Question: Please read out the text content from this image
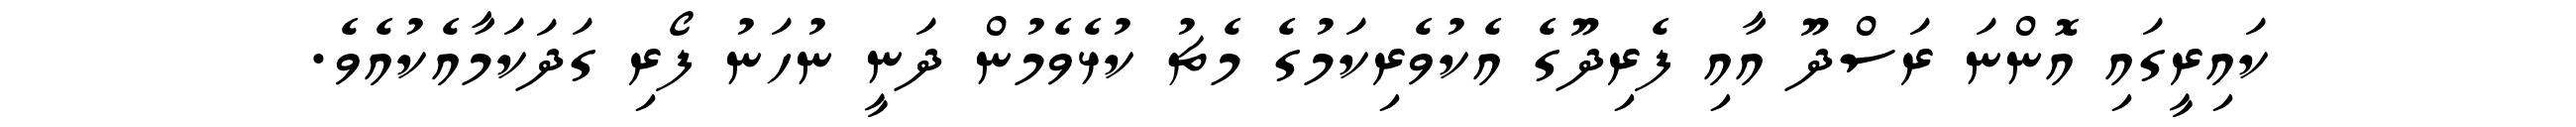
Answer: ކައިރީގައި އޮންނަ ރަސްދޫ އާއި ފެރިދޫގެ އެކުވެރިކަމުގެ މެޗު ކުޅެވެމުން ދަނީ ނުހަނު ފޯރި ގަދަކަމާއެކުއެވެ.